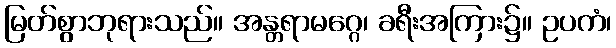
မြတ်စွာဘုရားသည်။ အန္တရာမဂ္ဂေ၊ ခရီးအကြား၌။ ဥပကံ၊